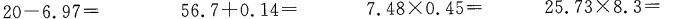
$$20 - 6.97= $$ $$56.7 + 0.14=$$